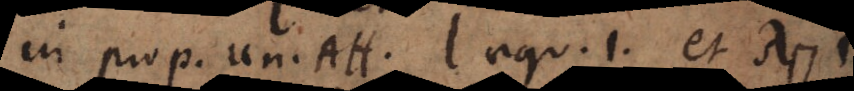
In prop. Un. Aff. l aequ. 1 et λ